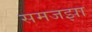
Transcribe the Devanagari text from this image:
समजझा